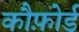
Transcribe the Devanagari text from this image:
कौफ़ोर्ड